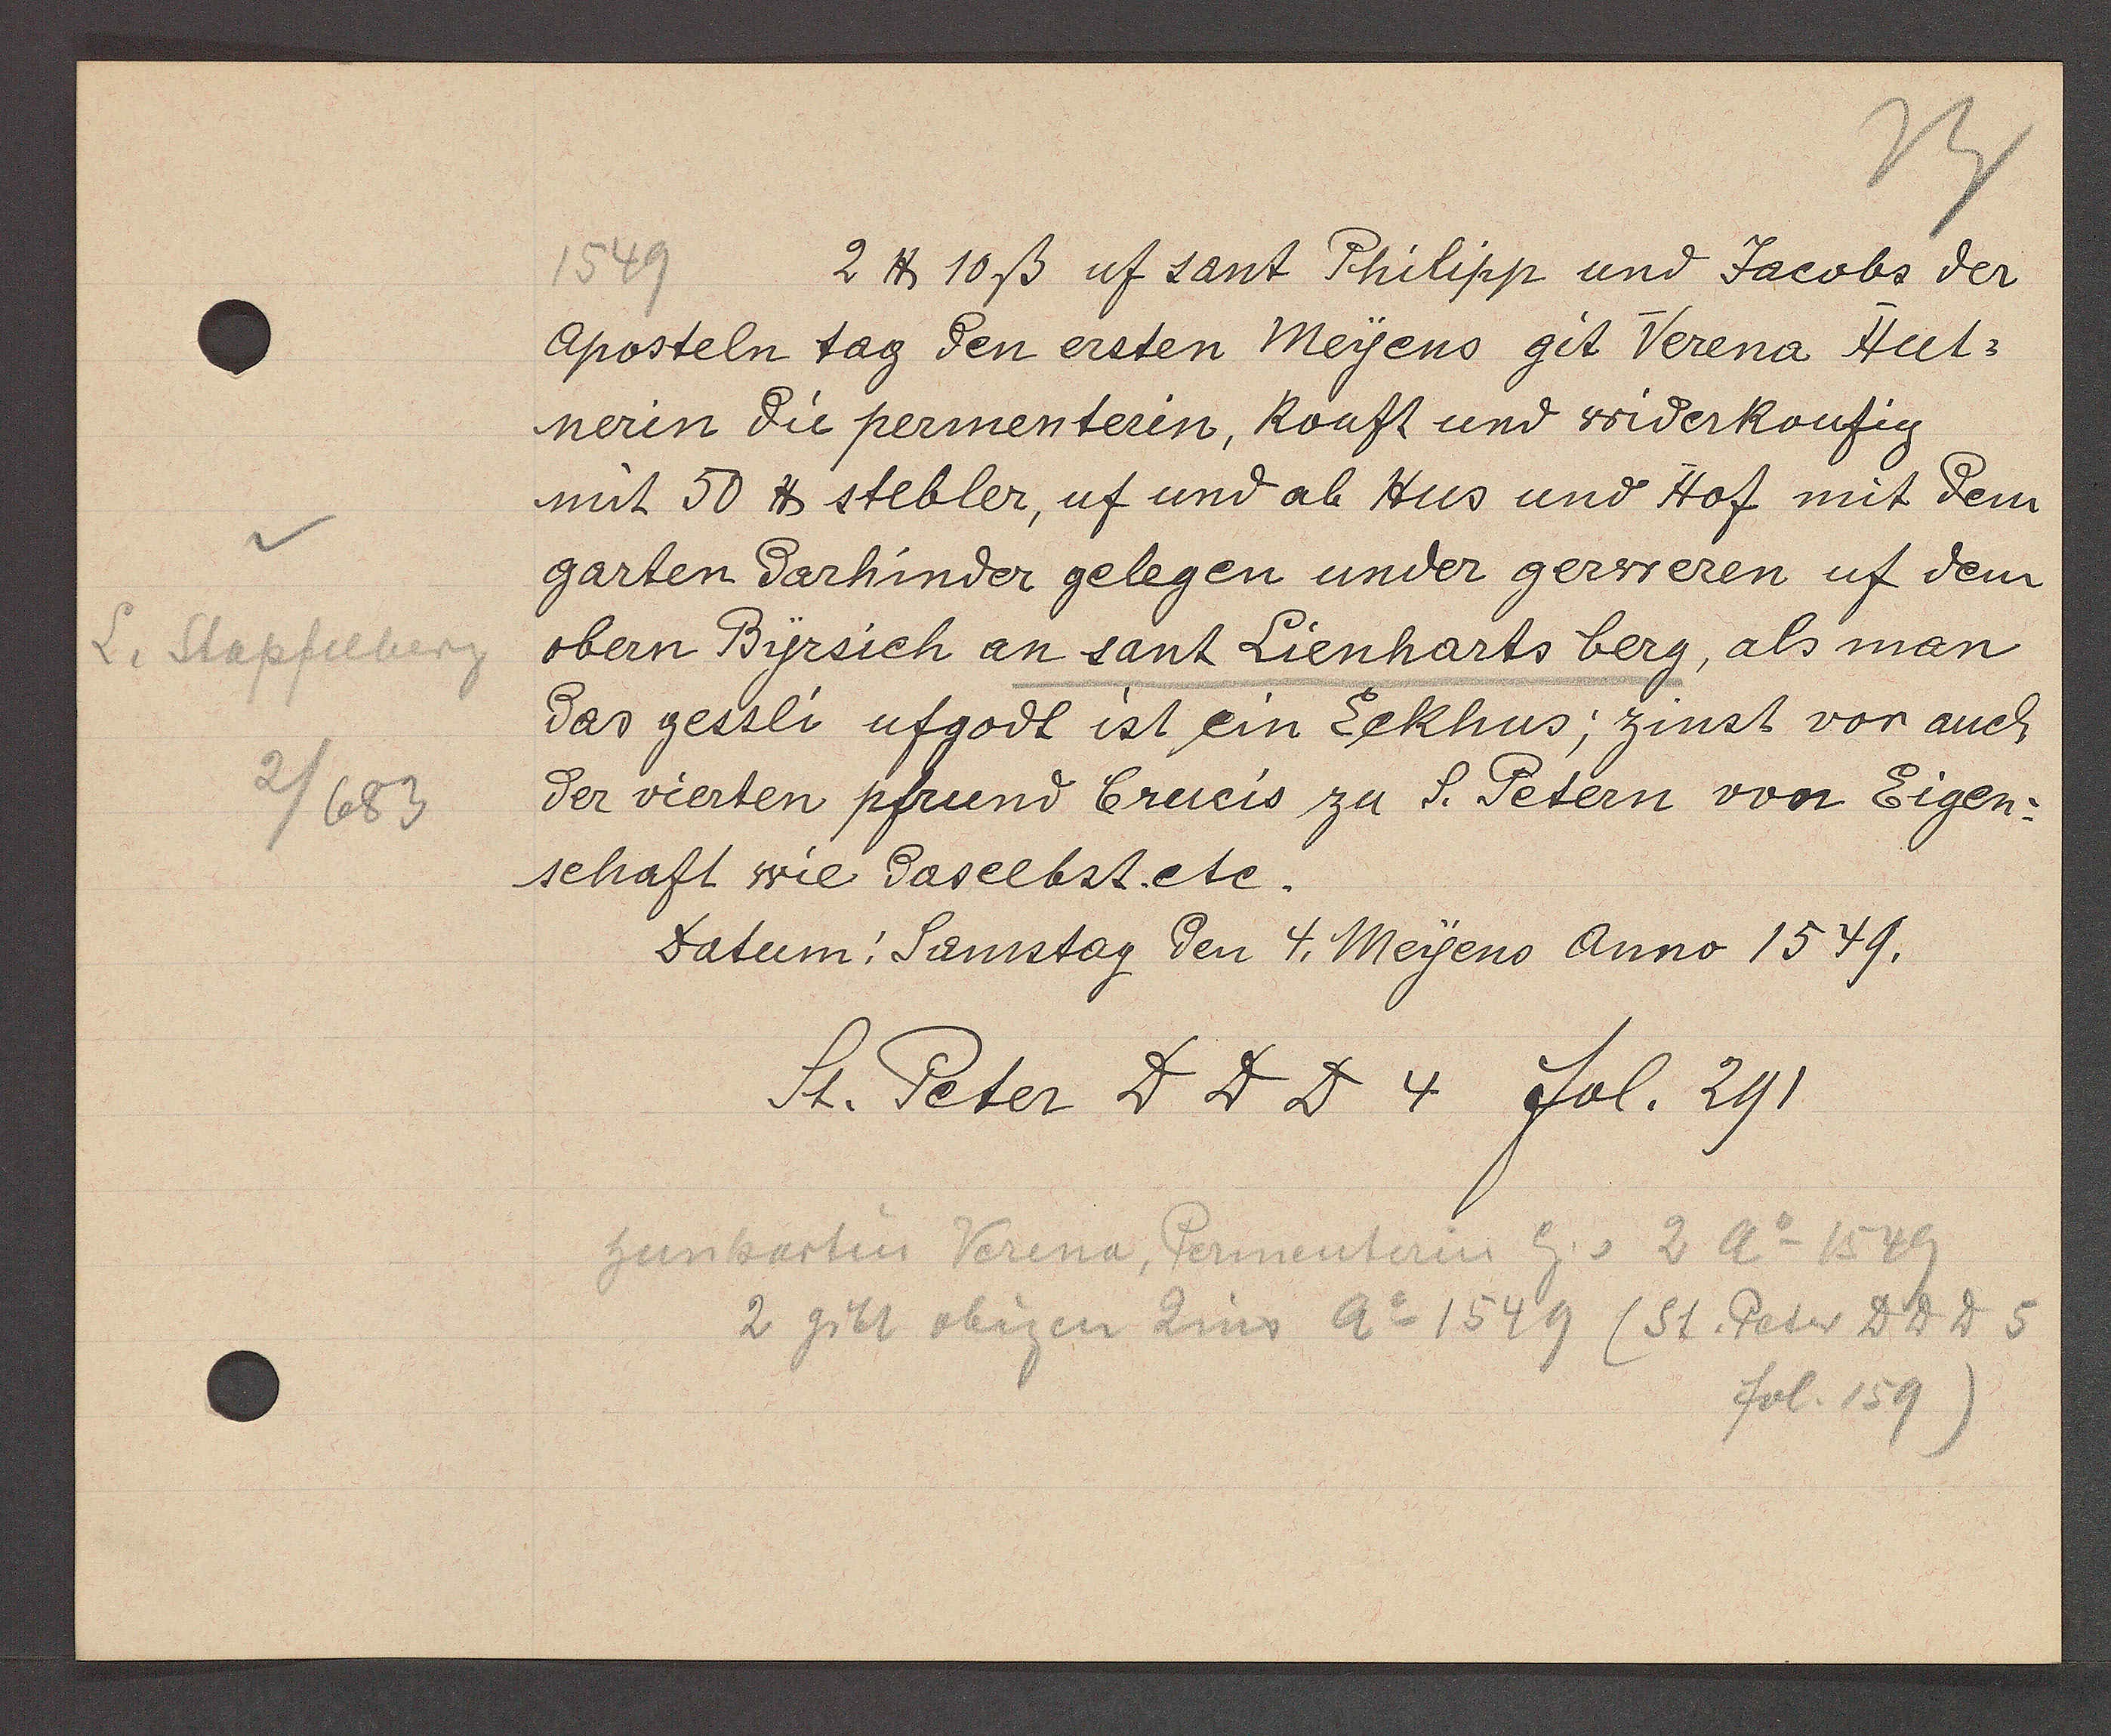
Transcript:
L. Stapfelberg
2/683

1549
2 ℔ 10 ß uf sant Philipp und Jacobs der
Aposteln tag den ersten Meyens git Verena Hut¬
nerin die permenterin, kouft und widerkoufig
mit 50 ℔ stebler, uf und ab Hus und Hof mit dem
garten darhinder gelegen under gerweren uf dem
obern Byrsich an sant Lienharts berg, als man
das gessli ufgodt ist ein Eckhus; zinst vor auch
der vierten pfrund Crucis zu S. Petern von Eigen¬
schaft wie daselbst.ete.
Datum: Samstag den 4. Meyens Anno 1549.

St. Peter D D D 4 fol. 291.

hunbartin Verena, Permenterin Eg. v. 2 Ao 1549
2 gibt obigen Zins Ao 1549 (St. Peter DDD 5
fol. 159)